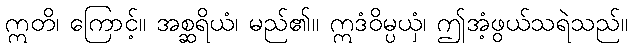
ဣတိ၊ ကြောင့်။ အစ္ဆရိယံ၊ မည်၏။ ဣဒံဝိမ္ပယှံ၊ ဤအံ့ဖွယ်သရဲသည်။